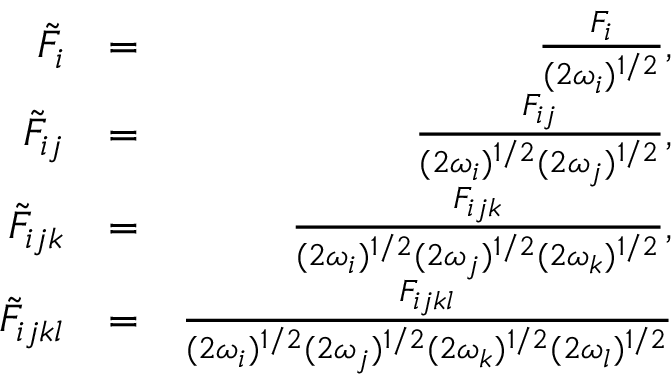
\begin{array} { r l r } { \tilde { F } _ { i } } & { = } & { \frac { F _ { i } } { ( 2 \omega _ { i } ) ^ { 1 / 2 } } , } \\ { \tilde { F } _ { i j } } & { = } & { \frac { F _ { i j } } { ( 2 \omega _ { i } ) ^ { 1 / 2 } ( 2 \omega _ { j } ) ^ { 1 / 2 } } , } \\ { \tilde { F } _ { i j k } } & { = } & { \frac { F _ { i j k } } { ( 2 \omega _ { i } ) ^ { 1 / 2 } ( 2 \omega _ { j } ) ^ { 1 / 2 } ( 2 \omega _ { k } ) ^ { 1 / 2 } } , } \\ { \tilde { F } _ { i j k l } } & { = } & { \frac { F _ { i j k l } } { ( 2 \omega _ { i } ) ^ { 1 / 2 } ( 2 \omega _ { j } ) ^ { 1 / 2 } ( 2 \omega _ { k } ) ^ { 1 / 2 } ( 2 \omega _ { l } ) ^ { 1 / 2 } } } \end{array}